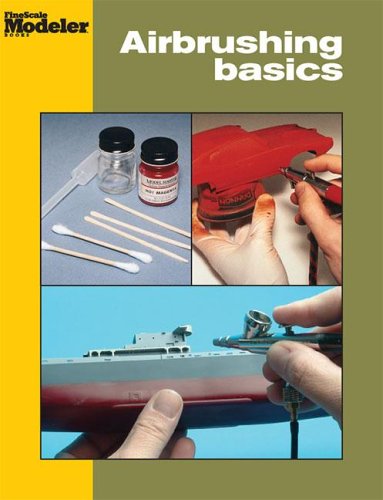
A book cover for Airbrushing Basics; Arts & Photography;